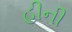
હીની